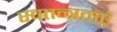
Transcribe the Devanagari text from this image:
स्वतन्त्रताएं